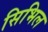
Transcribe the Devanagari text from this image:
सिभिल